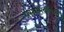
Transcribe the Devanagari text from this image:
प्रस्थापकांपैकी